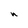
Character: n